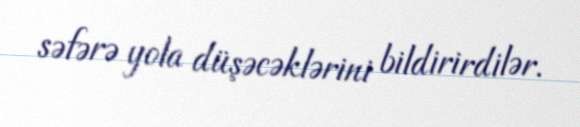
səfərə yola düşəcəklərini bildirirdilər.